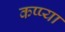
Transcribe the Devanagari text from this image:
कप्प्या